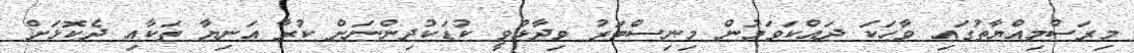
މިރަސްމިއްޔާތުގައި ވާހަކަ ދައްކަވަމުން މިނިސްޓަރު ވިދާޅުވީ ކުޑަކުދިންނަށް ކުރާ އަނިޔާ ތަކާއި ދެކޮޅަށް